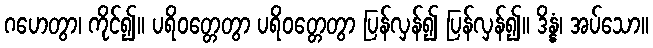
ဂဟေတွာ၊ ကိုင်၍။ ပရိဝတ္တေတွာ ပရိဝတ္တေတွာ ပြန်လှန်၍ ပြန်လှန်၍။ ဒိန္နံ၊ အပ်သော။